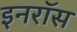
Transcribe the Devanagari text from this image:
इनरॉस